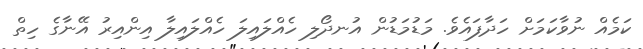
ކަމެއް ނުވާކަމަށް ހަދާފައެވެ. މަޑުމަޑުން އުނދޯލި ހެއްލައިލަ ހެއްލައިލާ އިންއިރު އޭނާގެ ހިތް